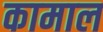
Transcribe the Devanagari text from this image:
कामाल